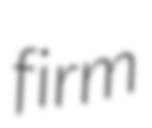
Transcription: firm